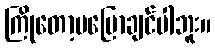
ကြိုတော့မပြောချင်ပါဘူး။